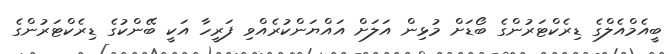
ބީއެމްއެލްގެ ޑިރެކްޓަރުންގެ ބޯޑަށް މުޅިން އަލަށް އައްޔަންކުރެއްވި ފަރީހާ އަކީ ބޭންކުގެ ޑިރެކްޓަރުންގެ